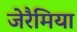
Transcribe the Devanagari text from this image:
जेरैमिया